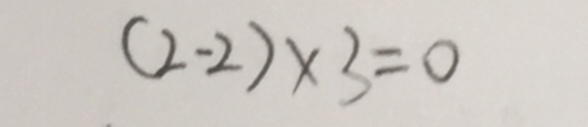
( 2 - 2 ) \times 3 = 0